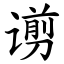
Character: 谫